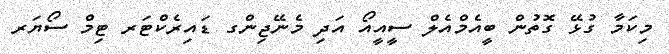
މިކަމާ ގުޅޭ ގޮތުން ބީއެމްއެލް ސީއީއޯ އަދި މެނޭޖިންގ ޑައިރެކްޓަރ ޓިމް ސޯޔަރ